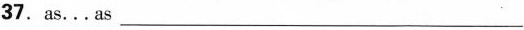
37.as..,as ___